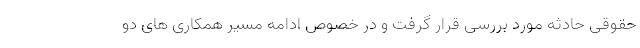
حقوقی حادثه مورد بررسی قرار گرفت و در خصوص ادامه مسیر همکاری های دو